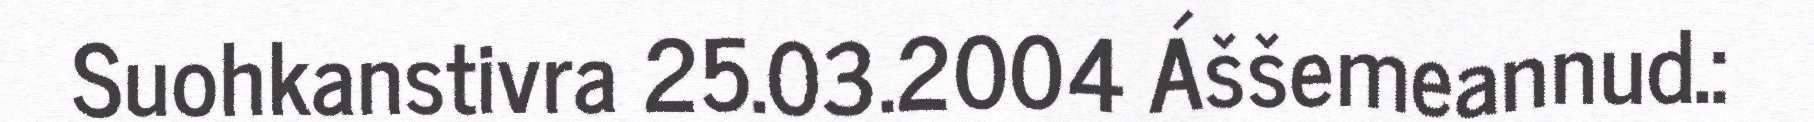
Suohkanstivra 25.03.2004 Áššemeannud.: